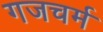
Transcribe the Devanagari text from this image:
गजचर्म